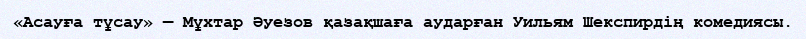
«Асауға тұсау» — Мұхтар Әуезов қазақшаға аударған Уильям Шекспирдің комедиясы.